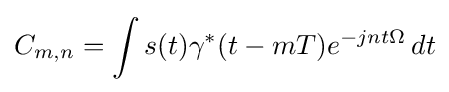
C_{m,n}=\int s(t)\gamma ^{*}(t-mT)e^{-jnt\Omega }\,dt